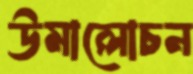
উমালোচন